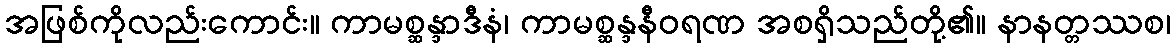
အဖြစ်ကိုလည်းကောင်း။ ကာမစ္ဆန္ဒာဒီနံ၊ ကာမစ္ဆန္ဒနီဝရဏ အစရှိသည်တို့၏။ နာနတ္တဿစ၊